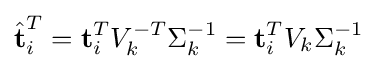
{\hat {\textbf {t}}}_{i}^{T}={\textbf {t}}_{i}^{T}V_{k}^{-T}\Sigma _{k}^{-1}={\textbf {t}}_{i}^{T}V_{k}\Sigma _{k}^{-1}